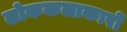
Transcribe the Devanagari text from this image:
लोककलाकारों